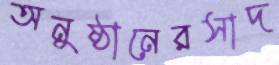
অনুষ্ঠানেরসাদ